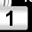
Digit: 1